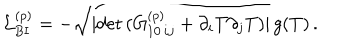
{ \cal L } _ { \mathrm { B I } } ^ { ( p ) } = - \sqrt { | \mathrm { d e t } \, ( { G } _ { 1 0 \, i j } ^ { ( p ) } + \partial _ { i } T \partial _ { j } T ) | } \, g ( T ) \, .